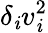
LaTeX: \delta_{\mathit{i}}v_{\mathit{i}}^{2}